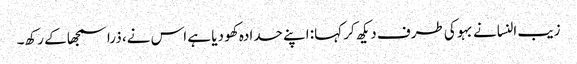
زیب النسانے بہو کی طرف دیکھ کر کہا: اپنے حدادہ کھو دیا ہے اس نے، ذرا سمجھا کے رکھ۔